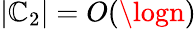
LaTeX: |\mathbb{C}_{2}|=O(\logn)